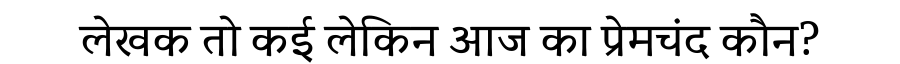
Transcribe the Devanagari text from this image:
लेखक तो कई लेकिन आज का प्रेमचंद कौन?